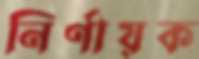
নির্ণায়ক